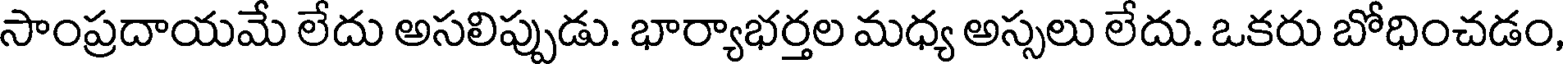
సాంప్రదాయమే లేదు అసలిప్పుడు. భార్యాభర్తల మధ్య అస్సలు లేదు. ఒకరు బోధించడం